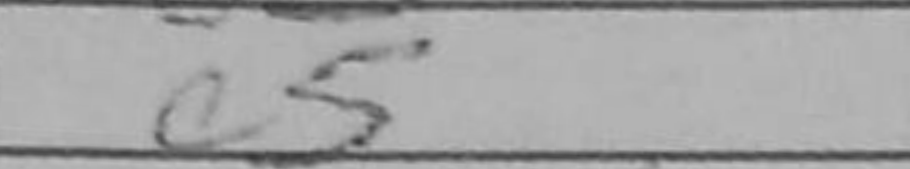
Transcription: e5